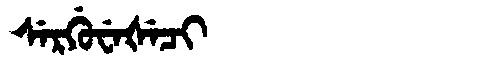
Manchu: ᠰᡝᡵᡤᡠᠸᡝᡧᡝᠴᡳ
Romanization: SERGUWEŠECI